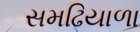
સમઢિયાળા